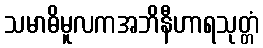
သမာဓိမူလကအဘိနီဟာရသုတ္တံ